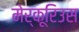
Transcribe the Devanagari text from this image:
मेर्कूरिउस